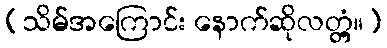
(သိမ်အကြောင်း နောက်ဆိုလတ္တံ့။)